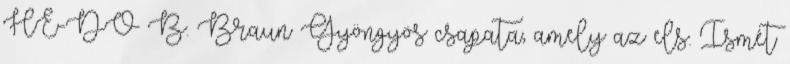
HE-DO B. Braun Gyöngyös csapata, amely az els. Ismét